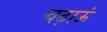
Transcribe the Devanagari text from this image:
चढ़ाऊं